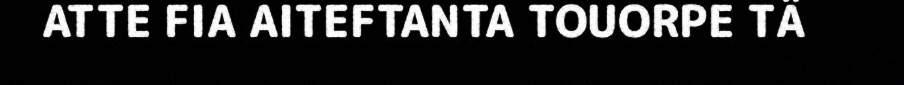
ATTE FIA AITEFTANTA TOUORPE TÄ